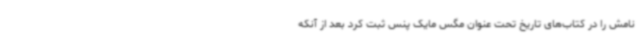
نامش را در کتاب‌های تاریخ تحت عنوان مگس مایک پنس ثبت کرد بعد از آنکه